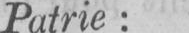
Patrie: